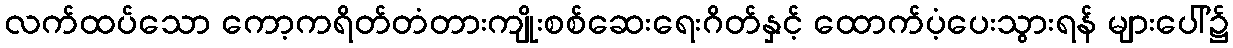
လက်ထပ်သော ကော့ကရိတ်တံတားကျိုးစစ်ဆေးရေးဂိတ်နှင့် ထောက်ပံ့ပေးသွားရန် များပေါ်၌